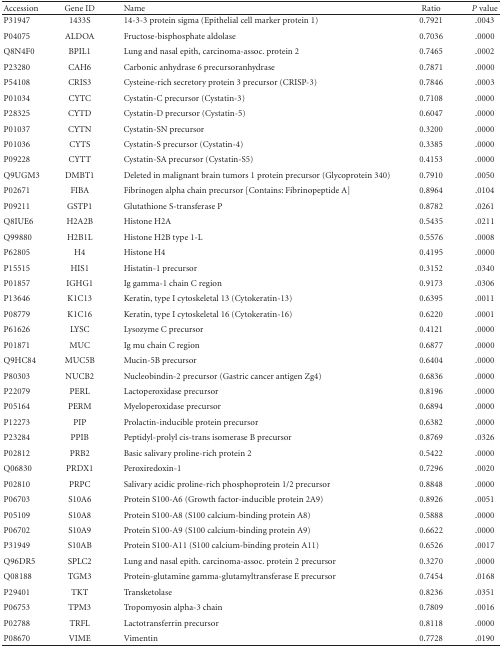
<table><thead><tr><td><b>Accession</b></td><td><b>Gene ID</b></td><td><b>Name</b></td><td><b>Ratio</b></td><td><b><i>P</i> value</b></td></tr></thead><tbody><tr><td>P31947</td><td>1433S</td><td>14-3-3 protein sigma (Epithelial cell marker protein 1)</td><td>0.7921</td><td>.0043</td></tr><tr><td>P04075</td><td>ALDOA</td><td>Fructose-bisphosphate aldolase</td><td>0.7036</td><td>.0000</td></tr><tr><td>Q8N4F0</td><td>BPIL1</td><td>Lung and nasal epith, carcinoma-assoc. protein 2</td><td>0.7465</td><td>.0002</td></tr><tr><td>P23280</td><td>CAH6</td><td>Carbonic anhydrase 6 precursoranhydrase</td><td>0.7871</td><td>.0000</td></tr><tr><td>P54108</td><td>CRIS3</td><td>Cysteine-rich secretory protein 3 precursor (CRISP-3)</td><td>0.7846</td><td>.0003</td></tr><tr><td>P01034</td><td>CYTC</td><td>Cystatin-C precursor (Cystatin-3)</td><td>0.7108</td><td>.0000</td></tr><tr><td>P28325</td><td>CYTD</td><td>Cystatin-D precursor (Cystatin-5)</td><td>0.6047</td><td>.0000</td></tr><tr><td>P01037</td><td>CYTN</td><td>Cystatin-SN precursor</td><td>0.3200</td><td>.0000</td></tr><tr><td>P01036</td><td>CYTS</td><td>Cystatin-S precursor (Cystatin-4)</td><td>0.3385</td><td>.0000</td></tr><tr><td>P09228</td><td>CYTT</td><td>Cystatin-SA precursor (Cystatin-S5)</td><td>0.4153</td><td>.0000</td></tr><tr><td>Q9UGM3</td><td>DMBT1</td><td>Deleted in malignant brain tumors 1 protein precursor (Glycoprotein 340)</td><td>0.7910</td><td>.0050</td></tr><tr><td>P02671</td><td>FIBA</td><td>Fibrinogen alpha chain precursor [Contains: Fibrinopeptide A]</td><td>0.8964</td><td>.0104</td></tr><tr><td>P09211</td><td>GSTP1</td><td>Glutathione S-transferase P</td><td>0.8782</td><td>.0261</td></tr><tr><td>Q8IUE6</td><td>H2A2B</td><td>Histone H2A</td><td>0.5435</td><td>.0211</td></tr><tr><td>Q99880</td><td>H2B1L</td><td>Histone H2B type 1-L</td><td>0.5576</td><td>.0008</td></tr><tr><td>P62805</td><td>H4</td><td>Histone H4</td><td>0.4195</td><td>.0000</td></tr><tr><td>P15515</td><td>HIS1</td><td>Histatin-1 precursor</td><td>0.3152</td><td>.0340</td></tr><tr><td>P01857</td><td>IGHG1</td><td>Ig gamma-1 chain C region</td><td>0.9173</td><td>.0306</td></tr><tr><td>P13646</td><td>K1C13</td><td>Keratin, type I cytoskeletal 13 (Cytokeratin-13)</td><td>0.6395</td><td>.0011</td></tr><tr><td>P08779</td><td>K1C16</td><td>Keratin, type I cytoskeletal 16 (Cytokeratin-16)</td><td>0.6220</td><td>.0001</td></tr><tr><td>P61626</td><td>LYSC</td><td>Lysozyme C precursor</td><td>0.4121</td><td>.0000</td></tr><tr><td>P01871</td><td>MUC</td><td>Ig mu chain C region</td><td>0.6877</td><td>.0000</td></tr><tr><td>Q9HC84</td><td>MUC5B</td><td>Mucin-5B precursor</td><td>0.6404</td><td>.0000</td></tr><tr><td>P80303</td><td>NUCB2</td><td>Nucleobindin-2 precursor (Gastric cancer antigen Zg4)</td><td>0.6836</td><td>.0000</td></tr><tr><td>P22079</td><td>PERL</td><td>Lactoperoxidase precursor</td><td>0.8196</td><td>.0000</td></tr><tr><td>P05164</td><td>PERM</td><td>Myeloperoxidase precursor</td><td>0.6894</td><td>.0000</td></tr><tr><td>P12273</td><td>PIP</td><td>Prolactin-inducible protein precursor</td><td>0.6382</td><td>.0000</td></tr><tr><td>P23284</td><td>PPIB</td><td>Peptidyl-prolyl cis-trans isomerase B precursor</td><td>0.8769</td><td>.0326</td></tr><tr><td>P02812</td><td>PRB2</td><td>Basic salivary proline-rich protein 2</td><td>0.5422</td><td>.0000</td></tr><tr><td>Q06830</td><td>PRDX1</td><td>Peroxiredoxin-1</td><td>0.7296</td><td>.0020</td></tr><tr><td>P02810</td><td>PRPC</td><td>Salivary acidic proline-rich phosphoprotein 1/2 precursor</td><td>0.8848</td><td>.0000</td></tr><tr><td>P06703</td><td>S10A6</td><td>Protein S100-A6 (Growth factor-inducible protein 2A9)</td><td>0.8926</td><td>.0051</td></tr><tr><td>P05109</td><td>S10A8</td><td>Protein S100-A8 (S100 calcium-binding protein A8)</td><td>0.5888</td><td>.0000</td></tr><tr><td>P06702</td><td>S10A9</td><td>Protein S100-A9 (S100 calcium-binding protein A9)</td><td>0.6622</td><td>.0000</td></tr><tr><td>P31949</td><td>S10AB</td><td>Protein S100-A11 (S100 calcium-binding protein A11)</td><td>0.6526</td><td>.0017</td></tr><tr><td>Q96DR5</td><td>SPLC2</td><td>Lung and nasal epith. carcinoma-assoc. protein 2 precursor</td><td>0.3270</td><td>.0000</td></tr><tr><td>Q08188</td><td>TGM3</td><td>Protein-glutamine gamma-glutamyltransferase E precursor</td><td>0.7454</td><td>.0168</td></tr><tr><td>P29401</td><td>TKT</td><td>Transketolase</td><td>0.8236</td><td>.0351</td></tr><tr><td>P06753</td><td>TPM3</td><td>Tropomyosin alpha-3 chain</td><td>0.7809</td><td>.0016</td></tr><tr><td>P02788</td><td>TRFL</td><td>Lactotransferrin precursor</td><td>0.8118</td><td>.0000</td></tr><tr><td>P08670</td><td>VIME</td><td>Vimentin</td><td>0.7728</td><td>.0190</td></tr></tbody></table>